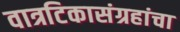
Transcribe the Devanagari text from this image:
वात्रटिकासंग्रहांचा